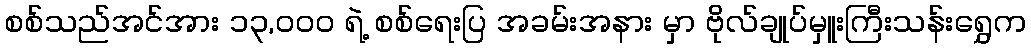
စစ်သည်အင်အား ၁၃,၀၀၀ ရဲ့ စစ်ရေးပြ အခမ်းအနား မှာ ဗိုလ်ချုပ်မှူးကြီးသန်းရွှေက